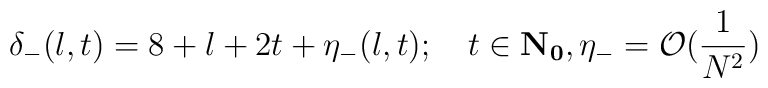
\delta_{-}(l,t)=8+l+2t+\eta_{-}(l,t); \quad t\in {\bf{N}_0}, \eta_{-}= \mathcal{O}(\frac{1}{N^2})